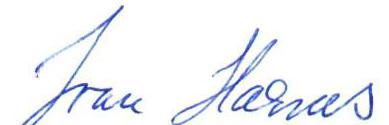
Joan Harms